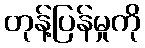
တုန့်ပြန်မှုကို